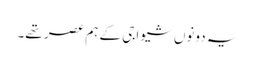
یہ دونوں شیواجی کے ہم عصر تھے۔